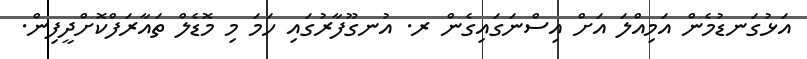
އަޅުގަނޑުމެން އަމިއްލަ އަށް އިސްނަގައިގެން ރ. އުނގޫފާރުގައި ހަމަ މި މޮޑެލް ތައާރަފްކޮށްދީފިން.